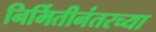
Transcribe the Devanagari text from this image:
निर्मितीनंतरच्‍या